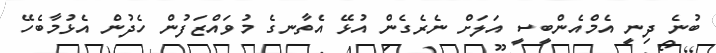
ބުނެ ދިނީ އެމްއެންބީސީ އަލަށް ނެރެގެން އުޅޭ އެތާނގެ މުވައްޒަފުން ހެދުން އެޅުމާބެހޭ